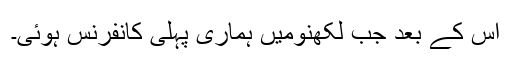
اس کے بعد جب لکھنومیں ہماری پہلی کانفرنس ہوئی۔